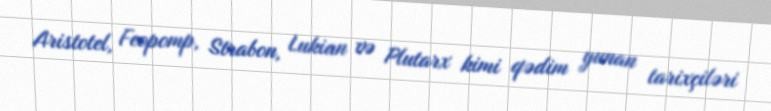
Aristotel, Feopomp, Strabon, Lukian və Plutarx kimi qədim yunan tarixçiləri